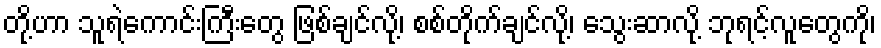
တို့ဟာ သူရဲကောင်းကြီးတွေ ဖြစ်ချင်လို့၊ စစ်တိုက်ချင်လို့၊ သွေးဆာလို့ ဘုရင့်လူတွေကို၊